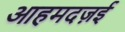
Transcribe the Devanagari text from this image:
आहमदज़ई